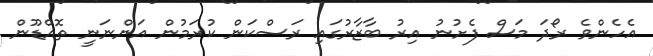
އެހެންވެ ރޯދަ މަސް ފެށުނު އިރު ބާޒާރުގައި ރަސްކަން ކުރަމުން އަންނަނީ ތޮއްޑޫން